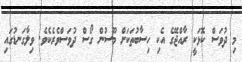
މި ދުވަސް ކޮޅަކީ ރާއްޖޭގެ އެކި ހިސާބުތަކަށް މޫސުން ގޯސް ދުވަސްވެރެކެވެ. ވިލާގަނޑުގައި